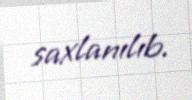
saxlanılıb.